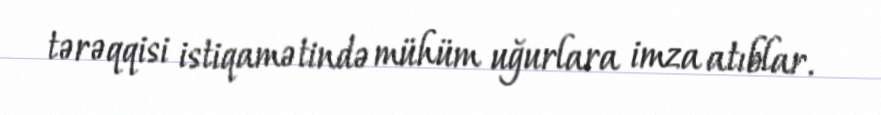
tərəqqisi istiqamətində mühüm uğurlara imza atıblar.